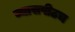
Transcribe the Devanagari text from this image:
व्यासपीठच